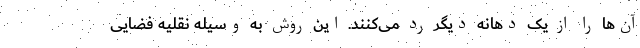
آن‌ها را از یک دهانه دیگر رد می‌کنند. این روش به وسیله نقلیه فضایی